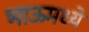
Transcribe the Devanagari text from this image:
भाऊमध्ये